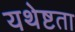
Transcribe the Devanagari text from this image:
यथेष्टता